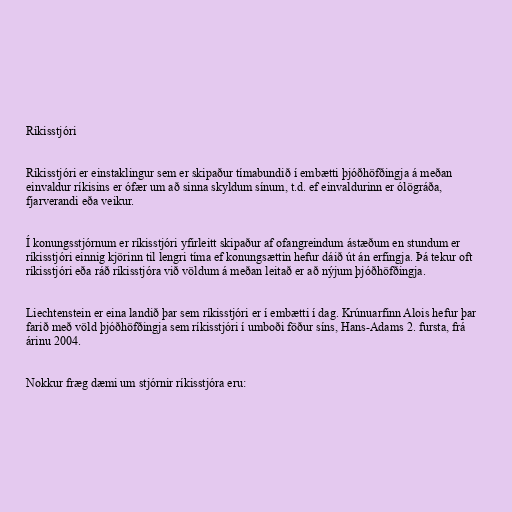
Ríkisstjóri

Ríkisstjóri er einstaklingur sem er skipaður tímabundið í embætti þjóðhöfðingja á meðan
einvaldur ríkisins er ófær um að sinna skyldum sínum, t.d. ef einvaldurinn er ólögráða,
fjarverandi eða veikur.

Í konungsstjórnum er ríkisstjóri yfirleitt skipaður af ofangreindum ástæðum en stundum er
ríkisstjóri einnig kjörinn til lengri tíma ef konungsættin hefur dáið út án erfingja. Þá tekur oft
ríkisstjóri eða ráð ríkisstjóra við völdum á meðan leitað er að nýjum þjóðhöfðingja.

Liechtenstein er eina landið þar sem ríkisstjóri er í embætti í dag. Krúnuarfinn Alois hefur þar
farið með völd þjóðhöfðingja sem ríkisstjóri í umboði föður síns, Hans-Adams 2. fursta, frá
árinu 2004.

Nokkur fræg dæmi um stjórnir ríkisstjóra eru: